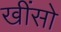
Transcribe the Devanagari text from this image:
खींसो